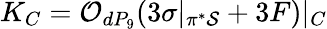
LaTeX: K_{C}={\cal O}_{dP_{9}}(3\sigma|_{\pi^{*}{\cal S}}+3F)|_{C}